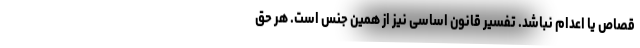
قصاص یا اعدام نباشد. تفسیر قانون اساسی نیز از همین جنس است. هر حق